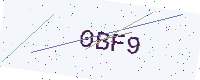
Text: 0BF9